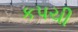
કપચી